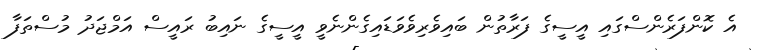
އެ ކޮންފަރެންސްގައި އީސީގެ ފަރާތުން ބައިވެރިވެވަޑައިގެންނެވީ އީސީގެ ނައިބު ރައީސް އަމްޖަދު މުސްތަފާ